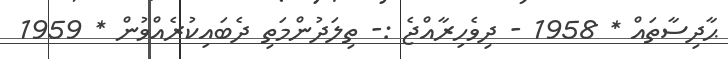
ޙާދިސާތައް * 1958 - ދިވެހިރާއްޖެ :- ތިލަދުންމަތި ދެބައިކުރެއްވުން * 1959